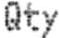
QTY